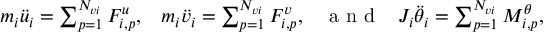
\begin{array} { r } { m _ { i } \ddot { u } _ { i } = \sum _ { p = 1 } ^ { N _ { v i } } F _ { i , p } ^ { u } , \; \; \; m _ { i } \ddot { v } _ { i } = \sum _ { p = 1 } ^ { N _ { v i } } F _ { i , p } ^ { v } , \; \; \; \mathrm { ~ a ~ n ~ d ~ } \; \; \; J _ { i } \ddot { \theta } _ { i } = \sum _ { p = 1 } ^ { N _ { v i } } M _ { i , p } ^ { \theta } , } \end{array}